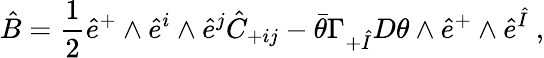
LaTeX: \hat{B}=\frac{1}{2}\hat{e}^{+}\wedge\hat{e}^{i}\wedge\hat{e}^{j}\hat{C}_{+ij}-\bar{\theta}\Gamma_{+\hat{I}}D\theta\wedge\hat{e}^{+}\wedge\hat{e}^{\hat{I}}~,